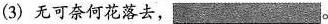
(3) 无可奈何花落去，___ 。